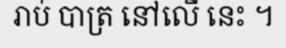
រាប់ បាត្រ នៅលើ នេះ ។